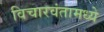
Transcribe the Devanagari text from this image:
विचारवंतामध्ये